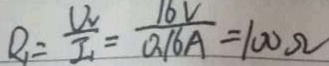
R _ { 1 } = \frac { U _ { v } } { I _ { 1 } } = \frac { 1 6 V } { 0 . 1 6 A } = 1 0 0 \Omega